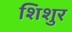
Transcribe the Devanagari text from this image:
शिशुर